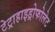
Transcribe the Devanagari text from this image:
टेट्राहाइड्रोफोलेट